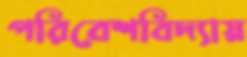
পরিবেশবিদ্যায়